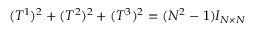
( T ^ { 1 } ) ^ { 2 } + ( T ^ { 2 } ) ^ { 2 } + ( T ^ { 3 } ) ^ { 2 } = ( N ^ { 2 } - 1 ) I _ { N \times N }